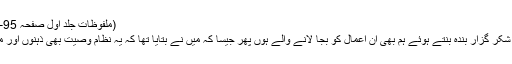
(ملفوظات جلد اول صفحہ 95-94 رپورٹ جلسہ سالانہ ۱۸۹۷ء)
پس اللہ تعالیٰ توفیق دے کہ اس کا شکر گزار بندہ بنتے ہوئے ہم بھی ان اعمال کو بجا لانے والے ہوں پھر جیسا کہ میں نے بتایا تھا کہ یہ نظام وصیت بھی ذہنوں اور مالوں کو پاک کرنے کا ذریعہ ہے۔